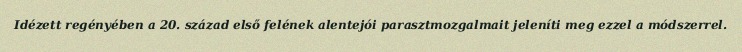
Idézett regényében a 20. század első felének alentejói parasztmozgalmait jeleníti meg ezzel a módszerrel.